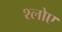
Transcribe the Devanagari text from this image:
श्लोए